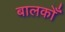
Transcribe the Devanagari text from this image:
बालकोँ